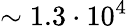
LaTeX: \sim 1.3\cdot 10^{4}